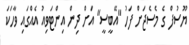
ޔޫސުފް ގެ މެސެޖަށް ފަހު "އޭބީސީ" އަށް ދިން އިންޓަވިއު އެއްގައި ވާހަކަ